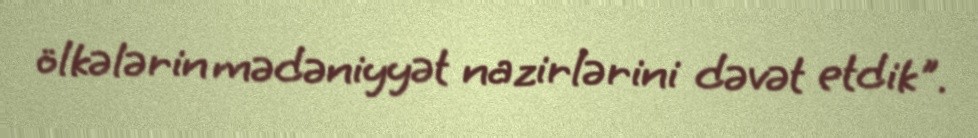
ölkələrin mədəniyyət nazirlərini dəvət etdik".